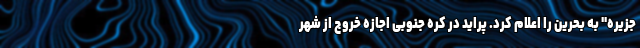
جزیره" به بحرین را اعلام کرد. پراید در کره جنوبی اجازه خروج از شهر